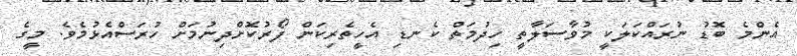
އެންމެ ބޮޑު ނުރައްކަލަކީ މުވާސަލާތީ ހިދުމަތް ކެނޑި އެހީތެރިކަން ފޯރުކޮށްދިނުމަށް ހުރަސްއެޅުމެވެ. މީގެ